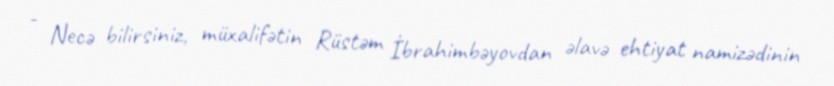
- Necə bilirsiniz, müxalifətin Rüstəm İbrahimbəyovdan əlavə ehtiyat namizədinin